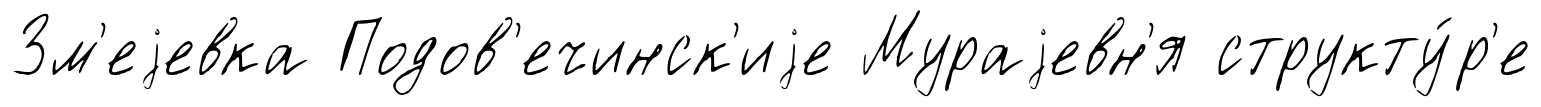
Зм'еjевка Подов'ечинск'иjе Мураjевн'я структу́р'е